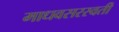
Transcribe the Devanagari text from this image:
माधवसरस्वती